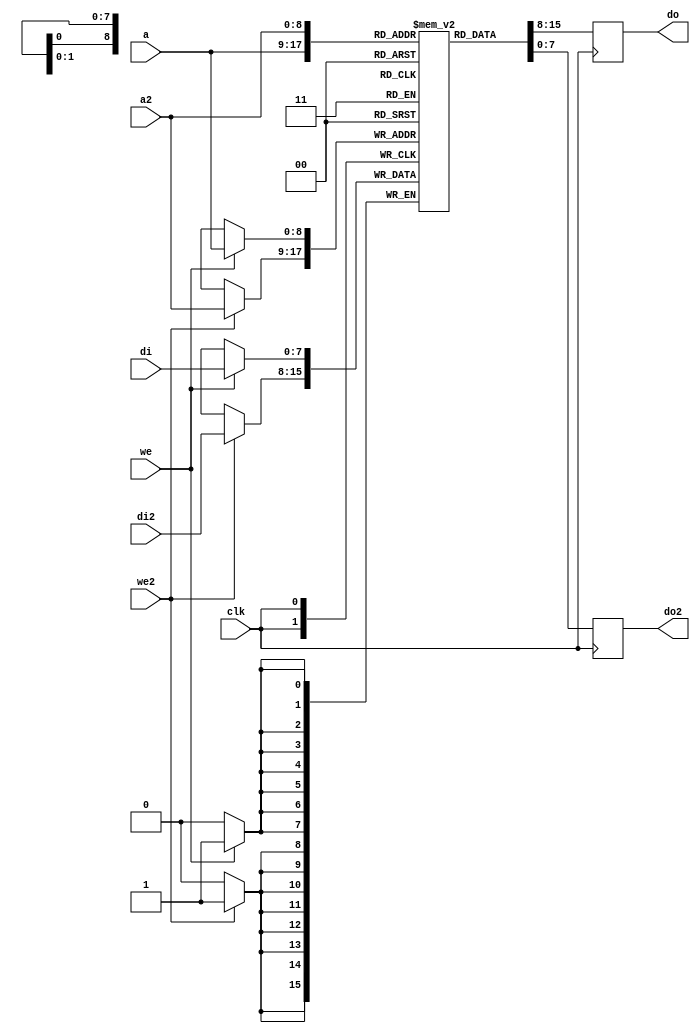
/*
 * Milkymist VJ SoC
 * Copyright (C) 2007, 2008, 2009, 2010 Sebastien Bourdeauducq
 *
 * This program is free software: you can redistribute it and/or modify
 * it under the terms of the GNU General Public License as published by
 * the Free Software Foundation, version 3 of the License.
 *
 * This program is distributed in the hope that it will be useful,
 * but WITHOUT ANY WARRANTY; without even the implied warranty of
 * MERCHANTABILITY or FITNESS FOR A PARTICULAR PURPOSE.  See the
 * GNU General Public License for more details.
 *
 * You should have received a copy of the GNU General Public License
 * along with this program.  If not, see <http://www.gnu.org/licenses/>.
 */

module dmx_dpram #(
	parameter depth = 9,
	parameter width = 8
) (
	input clk,

	input [depth-1:0] a,
	input we,
	input [width-1:0] di,
	output reg [width-1:0] do,

	input [depth-1:0] a2,
	input we2,
	input [width-1:0] di2,
	output reg [width-1:0] do2
);

reg [width-1:0] ram[0:(1 << depth)-1];

always @(posedge clk) begin
	if(we)
		ram[a] <= di;
	do <= ram[a];
	if(we2)
		ram[a2] <= di2;
	do2 <= ram[a2];
end

// synthesis translate_off
integer i;
initial begin
	for(i=0;i<(1 << depth);i=i+1)
		ram[i] = {width{1'b0}};
	ram[0] = 8'h55;
	ram[1] = 8'haa;
	ram[511] = 8'hff;
end
// synthesis translate_on

endmodule
/*
 * Milkymist VJ SoC
 * Copyright (C) 2007, 2008, 2009, 2010 Sebastien Bourdeauducq
 *
 * This program is free software: you can redistribute it and/or modify
 * it under the terms of the GNU General Public License as published by
 * the Free Software Foundation, version 3 of the License.
 *
 * This program is distributed in the hope that it will be useful,
 * but WITHOUT ANY WARRANTY; without even the implied warranty of
 * MERCHANTABILITY or FITNESS FOR A PARTICULAR PURPOSE.  See the
 * GNU General Public License for more details.
 *
 * You should have received a copy of the GNU General Public License
 * along with this program.  If not, see <http://www.gnu.org/licenses/>.
 */

module dmx_rx #(
	parameter csr_addr = 4'h0,
	parameter clk_freq = 100000000
) (
	input sys_clk,
	input sys_rst,

	input [13:0] csr_a,
	input csr_we,
	input [31:0] csr_di,
	output [31:0] csr_do,

	input rx
);

/* RAM and CSR interface */

wire csr_selected = csr_a[13:10] == csr_addr;

wire [7:0] csr_channel;
reg [8:0] channel_a;
reg channel_we;
reg [7:0] channel_d;
dmx_dpram channels(
	.clk(sys_clk),

	.a(csr_a[8:0]),
	.we(1'b0),
	.di(8'hxx),
	.do(csr_channel),

	.a2(channel_a),
	.we2(channel_we),
	.di2(channel_d),
	.do2()
);

always @(posedge sys_clk) begin
	if(channel_we)
		$display("Received value %x for channel %x", channel_d, channel_a);
end

reg csr_selected_r;
always @(posedge sys_clk)
	csr_selected_r <= csr_selected;

assign csr_do = {24'h000000, csr_selected_r ? csr_channel : 8'h00};

/* Synchronizer */

reg rx_r0;
reg rx_r;
always @(posedge sys_clk) begin
	rx_r0 <= rx;
	rx_r <= rx_r0;
end

/* Signal decoder */

parameter divisor = clk_freq/250000;
parameter halfbit = clk_freq/500000;

reg ce_load;
reg ce;
reg [8:0] ce_counter;
always @(posedge sys_clk) begin
	if(ce_load) begin
		ce <= 1'b0;
		ce_counter <= halfbit-1;
	end else begin
		if(ce_counter == 9'd0) begin
			ce <= 1'b1;
			ce_counter <= divisor-1;
		end else begin
			ce <= 1'b0;
			ce_counter <= ce_counter - 9'd1;
		end
	end
end

reg channel_a_reset;
reg channel_a_ce;
always @(posedge sys_clk) begin
	if(channel_a_reset)
		channel_a <= 9'd0;
	else if(channel_a_ce)
		channel_a <= channel_a + 9'd1;
end

reg channel_d_load_en;
reg [2:0] channel_d_load;
always @(posedge sys_clk) begin
	if(channel_d_load_en)
		channel_d[channel_d_load] <= rx_r;
end

parameter break_threshold = clk_freq/11364;
reg [12:0] break_counter;
wire break = break_counter == 13'd0;
always @(posedge sys_clk) begin
	if(sys_rst|rx_r)
		break_counter <= break_threshold;
	else if(~break)
		break_counter <= break_counter - 13'd1;
end

reg [3:0] state;
reg [3:0] next_state;

parameter WAIT_BREAK =		4'd0;
parameter WAIT_MAB =		4'd1;
parameter WAIT_START =		4'd2;
parameter SAMPLE_START =	4'd3;
parameter SAMPLE0 =		4'd4;
parameter SAMPLE1 =		4'd5;
parameter SAMPLE2 =		4'd6;
parameter SAMPLE3 =		4'd7;
parameter SAMPLE4 =		4'd8;
parameter SAMPLE5 =		4'd9;
parameter SAMPLE6 =		4'd10;
parameter SAMPLE7 =		4'd11;
parameter SAMPLE_STOP1 =	4'd12;
parameter SAMPLE_STOP2 =	4'd13;

always @(posedge sys_clk) begin
	if(sys_rst)
		state <= WAIT_BREAK;
	else
		state <= next_state;
end

/* skip 1st byte (start code) */
reg skip;
reg next_skip;
always @(posedge sys_clk)
	skip <= next_skip;

always @(*) begin
	ce_load = 1'b0;
	channel_a_reset = 1'b0;
	channel_a_ce = 1'b0;
	channel_we = 1'b0;
	channel_d_load_en = 1'b0;
	channel_d_load = 3'bxxx;

	next_state = state;
	next_skip = skip;

	case(state)
		WAIT_BREAK: begin
			ce_load = 1'b1;
			channel_a_reset = 1'b1;
			next_skip = 1'b1;
			if(break)
				next_state = WAIT_MAB;
		end
		WAIT_MAB: begin
			ce_load = 1'b1;
			channel_a_reset = 1'b1;
			if(rx_r)
				next_state = WAIT_START;
		end

		WAIT_START: begin
			ce_load = 1'b1;
			if(~rx_r)
				next_state = SAMPLE_START;
		end
		SAMPLE_START: begin
			if(ce) begin
				if(rx_r) /* confirm start bit */
					next_state = WAIT_BREAK;
				else
					next_state = SAMPLE0;
			end
		end
		SAMPLE0: begin
			channel_d_load_en = 1'b1;
			channel_d_load = 3'd0;
			if(ce)
				next_state = SAMPLE1;
		end
		SAMPLE1: begin
			channel_d_load_en = 1'b1;
			channel_d_load = 3'd1;
			if(ce)
				next_state = SAMPLE2;
		end
		SAMPLE2: begin
			channel_d_load_en = 1'b1;
			channel_d_load = 3'd2;
			if(ce)
				next_state = SAMPLE3;
		end
		SAMPLE3: begin
			channel_d_load_en = 1'b1;
			channel_d_load = 3'd3;
			if(ce)
				next_state = SAMPLE4;
		end
		SAMPLE4: begin
			channel_d_load_en = 1'b1;
			channel_d_load = 3'd4;
			if(ce)
				next_state = SAMPLE5;
		end
		SAMPLE5: begin
			channel_d_load_en = 1'b1;
			channel_d_load = 3'd5;
			if(ce)
				next_state = SAMPLE6;
		end
		SAMPLE6: begin
			channel_d_load_en = 1'b1;
			channel_d_load = 3'd6;
			if(ce)
				next_state = SAMPLE7;
		end
		SAMPLE7: begin
			channel_d_load_en = 1'b1;
			channel_d_load = 3'd7;
			if(ce)
				next_state = SAMPLE_STOP1;
		end
		SAMPLE_STOP1: begin
			if(ce) begin
				if(rx_r) /* verify 1st stop bit */
					next_state = SAMPLE_STOP2;
				else
					next_state = WAIT_BREAK;
			end
		end
		SAMPLE_STOP2: begin
			if(ce) begin
				if(rx_r) begin /* verify 2nd stop bit */
					next_skip = 1'b0;
					if(~skip) begin
						channel_we = 1'b1;
						channel_a_ce = 1'b1;
					end
					next_state = WAIT_START;
				end else
					next_state = WAIT_BREAK;
			end
		end
	endcase
end

endmodule
/*
 * Milkymist VJ SoC
 * Copyright (C) 2007, 2008, 2009, 2010 Sebastien Bourdeauducq
 *
 * This program is free software: you can redistribute it and/or modify
 * it under the terms of the GNU General Public License as published by
 * the Free Software Foundation, version 3 of the License.
 *
 * This program is distributed in the hope that it will be useful,
 * but WITHOUT ANY WARRANTY; without even the implied warranty of
 * MERCHANTABILITY or FITNESS FOR A PARTICULAR PURPOSE.  See the
 * GNU General Public License for more details.
 *
 * You should have received a copy of the GNU General Public License
 * along with this program.  If not, see <http://www.gnu.org/licenses/>.
 */

module dmx_tx #(
	parameter csr_addr = 4'h0,
	parameter clk_freq = 100000000
) (
	input sys_clk,
	input sys_rst,

	input [13:0] csr_a,
	input csr_we,
	input [31:0] csr_di,
	output [31:0] csr_do,

	input thru,
	output tx
);

/* RAM and CSR interface */

wire csr_selected = csr_a[13:10] == csr_addr;

wire csr_channels_we;
wire [31:0] csr_do_channels;
wire [8:0] channel_a;
wire [7:0] channel_d;
dmx_dpram channels(
	.clk(sys_clk),

	.a(csr_a[8:0]),
	.we(csr_channels_we),
	.di(csr_di[7:0]),
	.do(csr_do_channels[7:0]),

	.a2(channel_a),
	.we2(1'b0),
	.di2(8'hxx),
	.do2(channel_d)
);
assign csr_channels_we = csr_selected & ~csr_a[9] & csr_we;
assign csr_do_channels[31:8] = 24'h000000;

reg thru_en;

reg [31:0] csr_do_reg;
reg csr_do_sel;
always @(posedge sys_clk) begin
	if(sys_rst) begin
		csr_do_reg <= 32'd0;
		csr_do_sel <= 1'b0;
		thru_en <= 1'b0;
	end else begin
		csr_do_reg <= 32'd0;
		csr_do_sel <= 1'b0;
		if(csr_selected) begin
			csr_do_sel <= ~csr_a[9];
			csr_do_reg <= thru_en;
			if(csr_we) begin
				if(csr_a[9])
					thru_en <= csr_di[0];
			end
		end
	end
end

assign csr_do = csr_do_sel ? csr_do_channels : csr_do_reg;

reg tx_gen;
assign tx = thru_en ? thru : tx_gen;

/* Signal generator */

parameter divisor = clk_freq/250000;

reg ce;
reg [8:0] ce_counter;
always @(posedge sys_clk) begin
	if(sys_rst) begin
		ce <= 1'b0;
		ce_counter <= divisor-1;
	end else begin
		if(ce_counter == 9'd0) begin
			ce <= 1'b1;
			ce_counter <= divisor-1;
		end else begin
			ce <= 1'b0;
			ce_counter <= ce_counter - 9'd1;
		end
	end
end

reg [7:0] channel_d_r;
reg channel_d_ce;
always @(posedge sys_clk) begin
	if(channel_d_ce)
		channel_d_r <= channel_d;
end

reg [3:0] tx_sel;
parameter TX_SEL_B0 =		4'd0;
parameter TX_SEL_B1 =		4'd1;
parameter TX_SEL_B2 =		4'd2;
parameter TX_SEL_B3 =		4'd3;
parameter TX_SEL_B4 =		4'd4;
parameter TX_SEL_B5 =		4'd5;
parameter TX_SEL_B6 =		4'd6;
parameter TX_SEL_B7 =		4'd7;
parameter TX_SEL_HI =		4'd8;
parameter TX_SEL_LO =		4'd9;

always @(posedge sys_clk) begin
	case(tx_sel)
		TX_SEL_B0: tx_gen <= channel_d_r[0];
		TX_SEL_B1: tx_gen <= channel_d_r[1];
		TX_SEL_B2: tx_gen <= channel_d_r[2];
		TX_SEL_B3: tx_gen <= channel_d_r[3];
		TX_SEL_B4: tx_gen <= channel_d_r[4];
		TX_SEL_B5: tx_gen <= channel_d_r[5];
		TX_SEL_B6: tx_gen <= channel_d_r[6];
		TX_SEL_B7: tx_gen <= channel_d_r[7];
		TX_SEL_HI: tx_gen <= 1'b1;
		TX_SEL_LO: tx_gen <= 1'b0;
		default: tx_gen <= 1'bx;
	endcase
end

reg acounter_reset;
reg acounter_ce;
reg frame_done;
reg [8:0] acounter;
always @(posedge sys_clk) begin
	if(ce) begin
		if(acounter_reset) begin
			acounter <= 9'd0;
			frame_done <= 1'b0;
		end else if(acounter_ce) begin
			acounter <= acounter + 9'd1;
			frame_done <= acounter == 9'd511;
		end
	end
end
assign channel_a = acounter;

reg break_counter_reset;
reg [4:0] break_counter;
reg break_done;
always @(posedge sys_clk) begin
	if(ce) begin
		if(break_counter_reset) begin
			break_counter <= 5'd0;
			break_done <= 1'b0;
		end else begin
			if(break_counter == 5'd25)
				break_done <= 1'b1;
			else
				break_counter <= break_counter + 5'd1;
		end
	end
end

reg [4:0] state;
reg [4:0] next_state;

parameter MTBP =	5'd0;
parameter BREAK =	5'd1;
parameter MAB1 =	5'd2;
parameter MAB2 =	5'd3;
parameter SC_START =	5'd4;
parameter SC_D0 =	5'd5;
parameter SC_D1 =	5'd6;
parameter SC_D2 =	5'd7;
parameter SC_D3 =	5'd8;
parameter SC_D4 =	5'd9;
parameter SC_D5 =	5'd10;
parameter SC_D6 =	5'd11;
parameter SC_D7 =	5'd12;
parameter SC_STOP1 =	5'd13;
parameter SC_STOP2 =	5'd14;
parameter START =	5'd15;
parameter D0 =		5'd16;
parameter D1 =		5'd17;
parameter D2 =		5'd18;
parameter D3 =		5'd19;
parameter D4 =		5'd20;
parameter D5 =		5'd21;
parameter D6 =		5'd22;
parameter D7 =		5'd23;
parameter STOP1 =	5'd24;
parameter STOP2 =	5'd25;

always @(posedge sys_clk) begin
	if(sys_rst)
		state <= MTBP;
	else if(ce)
		state <= next_state;
end

always @(*) begin
	tx_sel = TX_SEL_HI;
	acounter_reset = 1'b1;
	acounter_ce = 1'b0;
	break_counter_reset = 1'b1;

	channel_d_ce = 1'b0;

	next_state = state;

	case(state)
		MTBP: next_state = BREAK;

		BREAK: begin
			tx_sel = TX_SEL_LO;
			break_counter_reset = 1'b0;
			if(break_done)
				next_state = MAB1;
		end

		MAB1: next_state = MAB2;
		MAB2: next_state = SC_START;

		SC_START: begin
			tx_sel = TX_SEL_LO;
			next_state = SC_D0;
		end
		SC_D0: begin
			tx_sel = TX_SEL_LO;
			next_state = SC_D1;
		end
		SC_D1: begin
			tx_sel = TX_SEL_LO;
			next_state = SC_D2;
		end
		SC_D2: begin
			tx_sel = TX_SEL_LO;
			next_state = SC_D3;
		end
		SC_D3: begin
			tx_sel = TX_SEL_LO;
			next_state = SC_D4;
		end
		SC_D4: begin
			tx_sel = TX_SEL_LO;
			next_state = SC_D5;
		end
		SC_D5: begin
			tx_sel = TX_SEL_LO;
			next_state = SC_D6;
		end
		SC_D6: begin
			tx_sel = TX_SEL_LO;
			next_state = SC_D7;
		end
		SC_D7: begin
			tx_sel = TX_SEL_LO;
			next_state = SC_STOP1;
		end
		SC_STOP1: next_state = SC_STOP2;
		SC_STOP2: next_state = START;

		START: begin
			tx_sel = TX_SEL_LO;
			acounter_reset = 1'b0;
			channel_d_ce = 1'b1;
			next_state = D0;
		end
		D0: begin
			tx_sel = TX_SEL_B0;
			acounter_reset = 1'b0;
			next_state = D1;
		end
		D1: begin
			tx_sel = TX_SEL_B1;
			acounter_reset = 1'b0;
			next_state = D2;
		end
		D2: begin
			tx_sel = TX_SEL_B2;
			acounter_reset = 1'b0;
			next_state = D3;
		end
		D3: begin
			tx_sel = TX_SEL_B3;
			acounter_reset = 1'b0;
			next_state = D4;
		end
		D4: begin
			tx_sel = TX_SEL_B4;
			acounter_reset = 1'b0;
			next_state = D5;
		end
		D5: begin
			tx_sel = TX_SEL_B5;
			acounter_reset = 1'b0;
			next_state = D6;
		end
		D6: begin
			tx_sel = TX_SEL_B6;
			acounter_reset = 1'b0;
			next_state = D7;
		end
		D7: begin
			tx_sel = TX_SEL_B7;
			acounter_reset = 1'b0;
			next_state = STOP1;
		end
		STOP1: begin
			acounter_reset = 1'b0;
			acounter_ce = 1'b1;
			next_state = STOP2;
		end
		STOP2: begin
			acounter_reset = 1'b0;
			if(frame_done)
				next_state = MTBP;
			else
				next_state = START;
		end
	endcase
end

endmodule